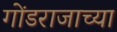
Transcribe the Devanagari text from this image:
गोंडराजाच्या